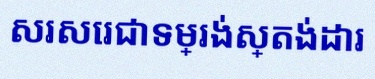
សរសេរជាទម្រង់ស្តង់ដារ